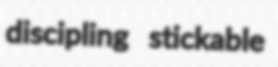
discipling stickable